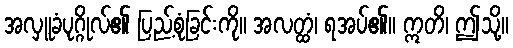
အလှူခံပုဂ္ဂိုလ်၏ ပြည့်စုံခြင်းကို။ အလတ္ထံ၊ ရအပ်၏။ ဣတိ၊ ဤသို့။